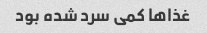
غذاها کمی سرد شده بود